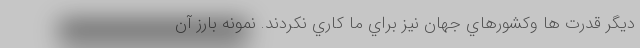
ديگر قدرت ها وكشورهاي جهان نيز براي ما كاري نكردند. نمونه بارز آن